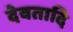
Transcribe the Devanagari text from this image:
देवतादि